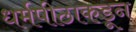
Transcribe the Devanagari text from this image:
धर्मपीठाकडून